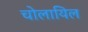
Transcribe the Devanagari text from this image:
चोलायिल